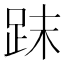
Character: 𧿴